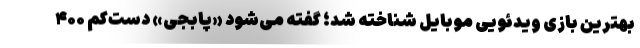
بهترین بازی ویدئویی موبایل شناخته شد؛ گفته می‌شود «پابجی» دست‌کم ۴۰۰